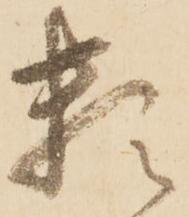
頼